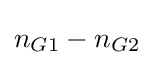
n_{G1}-n_{G2}